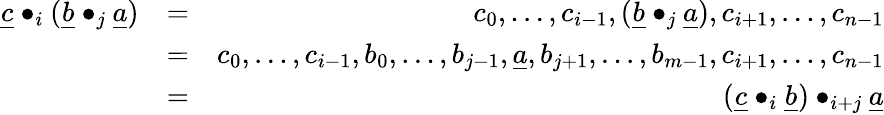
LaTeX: \begin{array}{rlr}{\underline{c}\bullet_{i}(\underline{b}\bullet_{j}\underline{a})}&{=}&{c_{0},\ldots,c_{i-1},(\underline{b}\bullet_{j}\underline{a}),c_{i+1},\ldots,c_{n-1}}\\ &{=}&{c_{0},\ldots,c_{i-1},b_{0},\ldots,b_{j-1},\underline{a},b_{j+1},\ldots,b_{m-1},c_{i+1},\ldots,c_{n-1}}\\ &{=}&{(\underline{c}\bullet_{i}\underline{b})\bullet_{i+j}\underline{a}}\end{array}